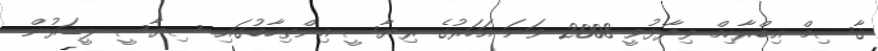
ޤާސިމް އިބްރާހިމް ވިދާޅުވީ 2008 ވަނަ އަހަރުގެ ރިޔާސީ އިންތިހާބުގައި ސިޔާސީ ލީޑަރުން